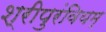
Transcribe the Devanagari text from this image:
श्रीपुरंवियम्